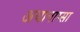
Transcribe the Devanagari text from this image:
अयानाम्सा